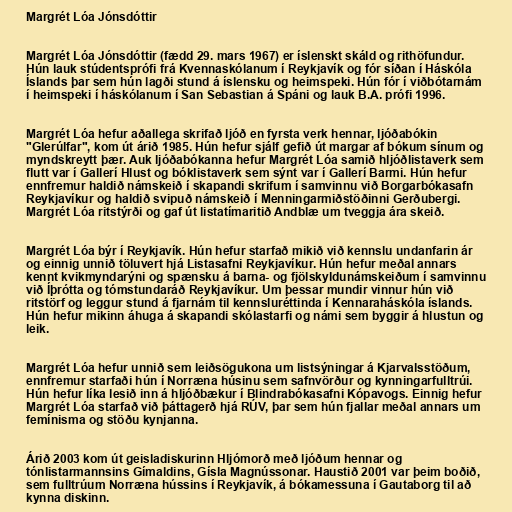
Margrét Lóa Jónsdóttir

Margrét Lóa Jónsdóttir (fædd 29. mars 1967) er íslenskt skáld og rithöfundur.
Hún lauk stúdentsprófi frá Kvennaskólanum í Reykjavík og fór síðan í Háskóla
Íslands þar sem hún lagði stund á íslensku og heimspeki. Hún fór í viðbótarnám
í heimspeki í háskólanum í San Sebastian á Spáni og lauk B.A. prófi 1996.

Margrét Lóa hefur aðallega skrifað ljóð en fyrsta verk hennar, ljóðabókin
"Glerúlfar", kom út árið 1985. Hún hefur sjálf gefið út margar af bókum sínum og
myndskreytt þær. Auk ljóðabókanna hefur Margrét Lóa samið hljóðlistaverk sem
flutt var í Gallerí Hlust og bóklistaverk sem sýnt var í Gallerí Barmi. Hún hefur
ennfremur haldið námskeið í skapandi skrifum í samvinnu við Borgarbókasafn
Reykjavíkur og haldið svipuð námskeið í Menningarmiðstöðinni Gerðubergi.
Margrét Lóa ritstýrði og gaf út listatímaritið Andblæ um tveggja ára skeið.

Margrét Lóa býr í Reykjavík. Hún hefur starfað mikið við kennslu undanfarin ár
og einnig unnið töluvert hjá Listasafni Reykjavíkur. Hún hefur meðal annars
kennt kvikmyndarýni og spænsku á barna- og fjölskyldunámskeiðum í samvinnu
við Íþrótta og tómstundaráð Reykjavíkur. Um þessar mundir vinnur hún við
ritstörf og leggur stund á fjarnám til kennsluréttinda í Kennaraháskóla íslands.
Hún hefur mikinn áhuga á skapandi skólastarfi og námi sem byggir á hlustun og
leik.

Margrét Lóa hefur unnið sem leiðsögukona um listsýningar á Kjarvalsstöðum,
ennfremur starfaði hún í Norræna húsinu sem safnvörður og kynningarfulltrúi.
Hún hefur líka lesið inn á hljóðbækur í Blindrabókasafni Kópavogs. Einnig hefur
Margrét Lóa starfað við þáttagerð hjá RÚV, þar sem hún fjallar meðal annars um
femínisma og stöðu kynjanna.

Árið 2003 kom út geisladiskurinn Hljómorð með ljóðum hennar og
tónlistarmannsins Gímaldins, Gísla Magnússonar. Haustið 2001 var þeim boðið,
sem fulltrúum Norræna hússins í Reykjavík, á bókamessuna í Gautaborg til að
kynna diskinn.